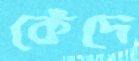
কেঁদে